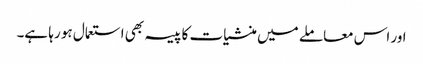
اور اس معاملے میں منشیات کا پیسہ بھی استعمال ہو رہا ہے۔